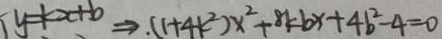
y = k x + b \Rightarrow ( 1 + 4 k ^ { 2 } ) x ^ { 2 } + 8 k b x + 4 b ^ { 2 } - 4 = 0